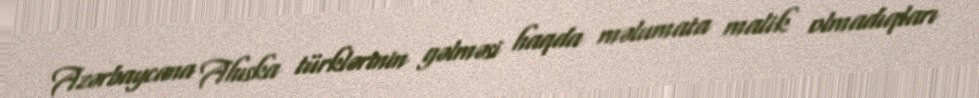
Azərbaycana Ahıska türklərinin gəlməsi haqda məlumata malik olmadıqları